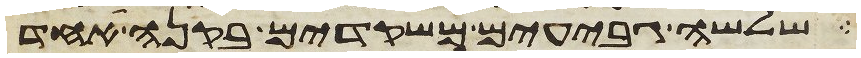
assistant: שלשה גבעים משקדים בקנה אחד